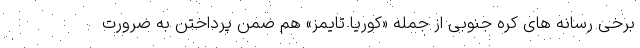
برخی رسانه های کره جنوبی از جمله «کوریا تایمز» هم ضمن پرداختن به ضرورت